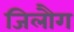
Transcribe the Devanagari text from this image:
जिलौग